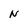
Character: N